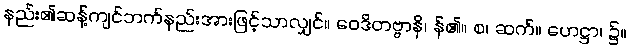
နည်း၏ဆန့်ကျင်ဘက်နည်းအားဖြင့်သာလျှင်။ ဝေဒိတဗ္ဗာနိ၊ န်၏။ စ၊ ဆက်။ ဟေဋ္ဌာ၊ ၌။